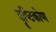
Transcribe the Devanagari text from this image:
दॄष्‍टिकोण